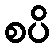
စပိ